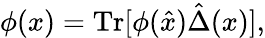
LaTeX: \phi(x)=\mathrm{Tr}[\phi(\hat{x})\hat{\Delta}(x)],